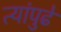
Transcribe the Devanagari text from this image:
त्यांपुढे